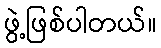
ဖွဲ့ဖြစ်ပါတယ်။